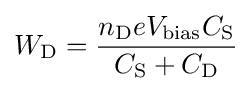
W_{\rm {D}}={\frac {n_{\rm {D}}eV_{\rm {bias}}C_{\rm {S}}}{C_{\rm {S}}+C_{\rm {D}}}}